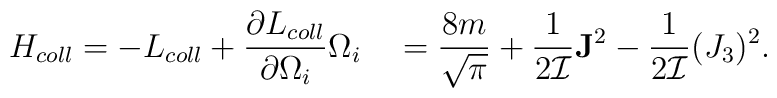
H_{coll}=-L_{coll}+\frac{\partial L_{coll}}{\partial\Omega_i}\Omega_i\\\quad =\frac{8m}{\sqrt{\pi}}+\frac{1}{2{\cal I}}{\bf J}^2-\frac{1}{2{\cal I}}(J_3)^2.